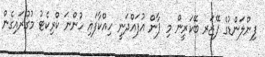
ފިންލަންޑުގެ ފޭޒަރ ބޭކަރީން މި ޕާން އުފައްދަނީ ހިއްކާފައި ހުންނަ ކްރިކެޓު މުގުރައިގެން